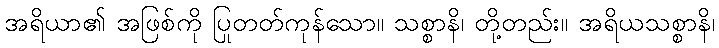
အရိယာ၏ အဖြစ်ကို ပြုတတ်ကုန်သော။ သစ္စာနိ၊ တို့တည်း။ အရိယသစ္စာနိ၊